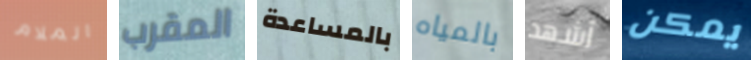
الملام المقرب بالمساعدة بالمياه أشهد يمكن